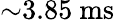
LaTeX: {\sim}3.85~\mathrm{ms}